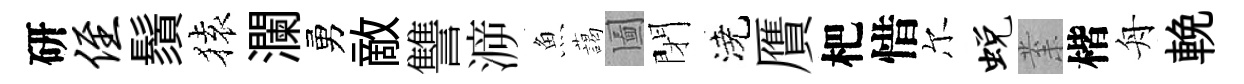
研侄鬚𫞤瀾勇敵讐㴑魚藹圗閉澆贋杷惜尔蜕𭪙楷舟輓